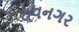
ઇવનગર